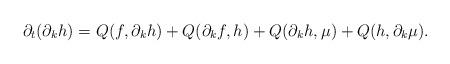
LaTeX: \begin{align*}\partial_t (\partial_k h)=Q(f,\partial_k h)+Q(\partial_k f, h)+Q(\partial_k h, \mu)+Q(h,\partial_k \mu).\end{align*}